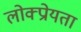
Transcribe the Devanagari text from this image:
लोक्प्रोयता